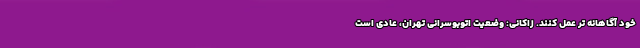
خود آگاهانه تر عمل کنند. زاکانی: وضعیت اتوبوسرانی تهران، عادی است